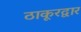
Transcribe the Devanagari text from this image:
ठाकूरद्वार